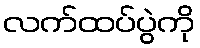
လက်ထပ်ပွဲကို